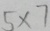
5 \times 7